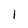
Character: I